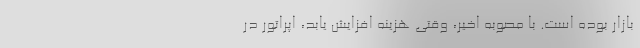
بازار بوده است. با مصوبه اخیر، وقتی هزینه افزایش یابد، اپراتور در